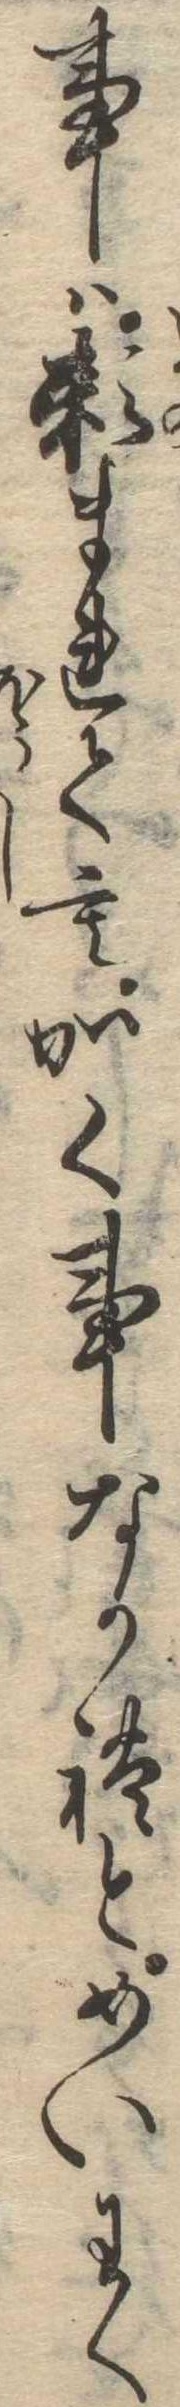
事は頼まれてもかく事なかれとめいわく